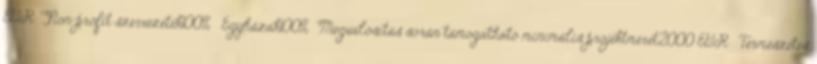
EUR▪Non-profit szervezetek100% ▪Egyházak100%▪Megvalósítás során támogatható minimális projektméret2000 EUR ▪Természetes